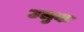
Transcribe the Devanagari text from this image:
उलुक